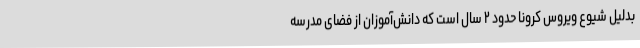
بدلیل شیوع ویروس کرونا حدود ۲ سال است که دانش‌آموزان از فضای مدرسه